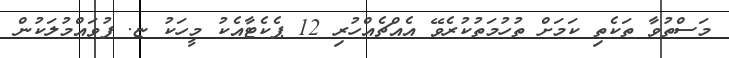
މަސްތުވާ ތަކެތި ކަމަށް ތުހުމަތުކުރެވޭ އެއްޗެއްހުރި 12 ޕެކެޓާއެކު މީހަކު ޏ. ފުވައްމުލަކުން